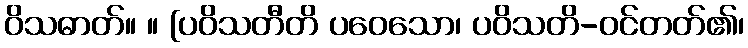
ဝိသဓာတ်။ ။ [ပဝိသတီတိ ပဝေသော၊ ပဝိသတိ-ဝင်တတ်၏၊